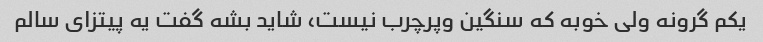
یکم گرونه ولی خوبه که سنگین وپرچرب نیست، شاید بشه گفت یه پیتزای سالم